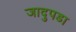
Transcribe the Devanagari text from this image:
जादुपडा